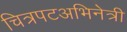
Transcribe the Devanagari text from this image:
चित्रपटअभिनेत्री